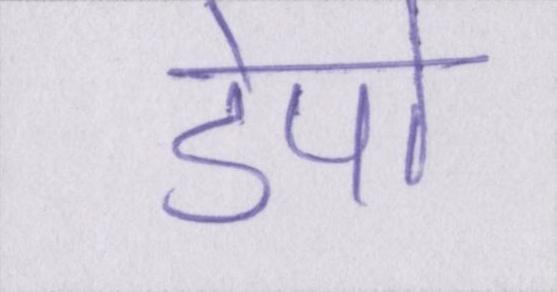
डेपो